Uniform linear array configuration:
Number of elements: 24
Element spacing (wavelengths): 1
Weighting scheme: cosine
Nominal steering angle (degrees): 0
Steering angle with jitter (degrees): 0.1342
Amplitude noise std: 0.05
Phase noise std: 0.05

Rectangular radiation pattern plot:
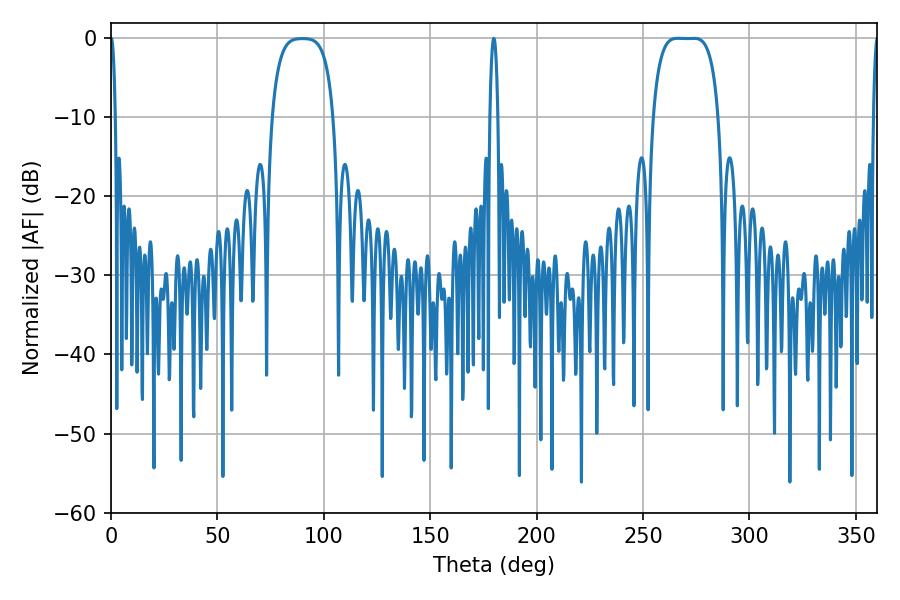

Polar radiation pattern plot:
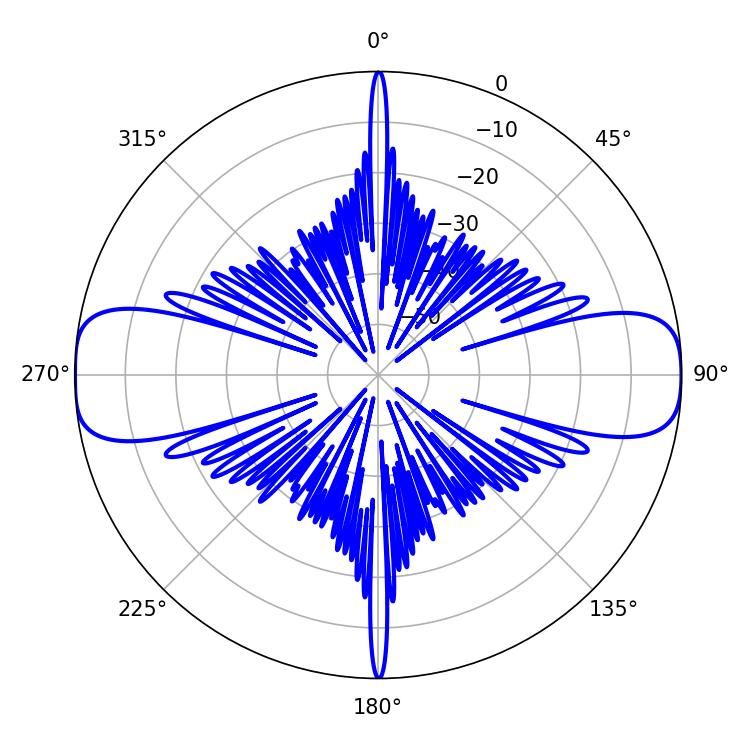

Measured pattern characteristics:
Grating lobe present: TRUE
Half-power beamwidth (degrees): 23.76
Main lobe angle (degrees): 266.22